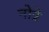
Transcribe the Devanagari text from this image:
नोत्रे